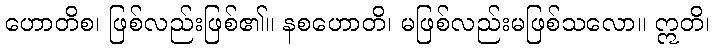
ဟောတိစ၊ ဖြစ်လည်းဖြစ်၏။ နစဟောတိ၊ မဖြစ်လည်းမဖြစ်သလော။ ဣတိ၊